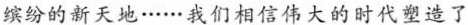
缤纷的新天地······我们相信伟大的时代塑造了